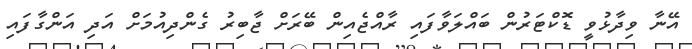
އޭނާ ވިދާޅުވީ ޑޮކްޓަރުން ބައްލަވާފައި ރާއްޖެއިން ބޭރަށް ޖާބިރު ގެންދިއުމަށް އަދި އަންގާފައި